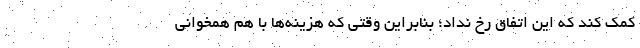
کمک کند که این اتفاق رخ نداد؛ بنابراین وقتی که هزینه‌ها با هم همخوانی